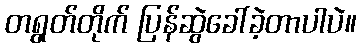
တရွတ်တိုက် ပြန်ဆွဲခေါ်ခဲ့တာပါပဲ။